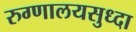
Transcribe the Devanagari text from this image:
रुग्णालयसुध्दा